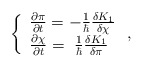
\begin{align*}\left\{\begin{array}{l}{\partial \pi\over \partial t}=-{1\over {\hbar}}{\delta K_1 \over \delta \chi}\\{\partial \chi\over \partial t}=~{1\over {\hbar}}{\delta K_1 \over\delta \pi}\end{array}\right.,\end{align*}